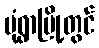
မုံရွာမြို့တွင်